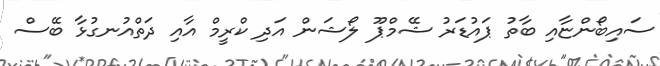
ސައިބޯންޏާއި ބާތު ޕައުޑަރު ޝޭމްޕޫ ލޯޝަން އަދި ކްރީމް އާއި ދަތްއުނގުޅާ ބޭސް